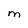
Character: m